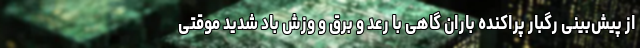
از پیش‌بینی رگبار پراکنده باران گاهی با رعد و برق و وزش باد شدید موقتی